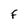
Character: F